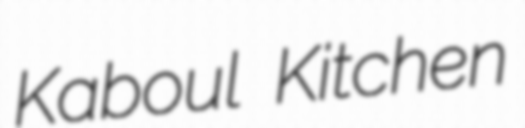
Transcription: Kaboul Kitchen